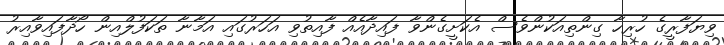
ވިޔަފާރީގެ ހުރިހާ ގިންތިއަކުންވެސް އެކަށީގެންވާ ފައިދާއެއް ފާއިތުވި އަހަރުގައި އަމާނާ ތަކަފުލްއިން ހޯދާފައިވާއިރު